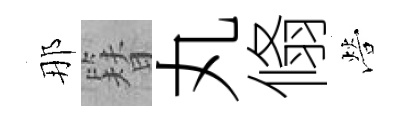
那簪丸翛營